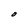
Character: O